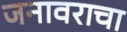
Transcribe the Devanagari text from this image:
जनावराचा